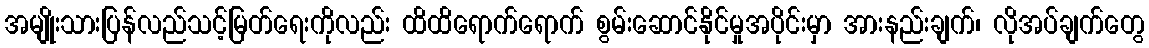
အမျိုးသားပြန်လည်သင့်မြတ်ရေးကိုလည်း ထိထိရောက်ရောက် စွမ်းဆောင်နိုင်မှုအပိုင်းမှာ အားနည်းချက်၊ လိုအပ်ချက်တွေ